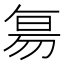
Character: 𬀷